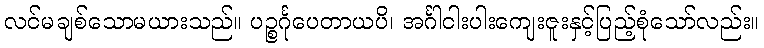
လင်မချစ်သောမယားသည်။ ပဉ္စင်္ဂုပေတာယပိ၊ အင်္ဂါငါးပါးကျေးဇူးနှင့်ပြည့်စုံသော်လည်း။